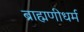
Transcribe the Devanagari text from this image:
ब्राह्मणीधर्म